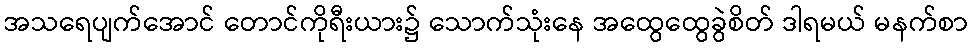
အသရေပျက်အောင် တောင်ကိုရီးယား၌ သောက်သုံးနေ အထွေထွေခွဲစိတ် ဒါရမယ် မနက်စာ